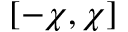
[ - \chi , \chi ]